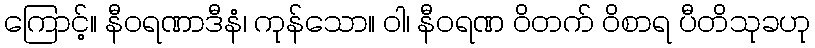
ကြောင့်။ နီဝရဏာဒီနံ၊ ကုန်သော။ ဝါ၊ နီဝရဏ ဝိတက် ဝိစာရ ပီတိသုခဟု